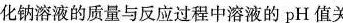
化钠溶液的质量与反应过程中溶液的pH值关